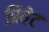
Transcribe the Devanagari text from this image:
प्रिवेट